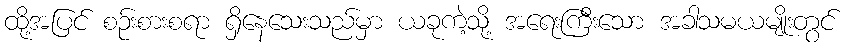
ထို့အပြင် စဉ်းစားစရာ ရှိနေသေးသည်မှာ ယခုကဲ့သို့ အရေးကြီးသော အခါသမယမျိုးတွင်